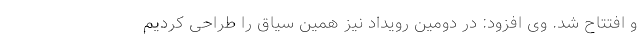
و افتتاح شد. وی افزود: در دومین رویداد نیز همین سیاق را طراحی کردیم